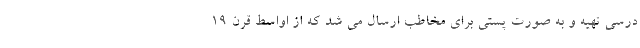
درسی تهیه و به صورت پستی برای مخاطب ارسال می شد که از اواسط قرن ۱۹